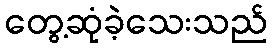
တွေ့ဆုံခဲ့သေးသည်